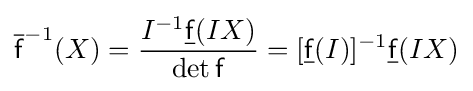
{\overline {\mathsf {f}}}^{-1}(X)={\frac {I^{-1}{\underline {\mathsf {f}}}(IX)}{\det {\mathsf {f}}}}=[{\underline {\mathsf {f}}}(I)]^{-1}{\underline {\mathsf {f}}}(IX)